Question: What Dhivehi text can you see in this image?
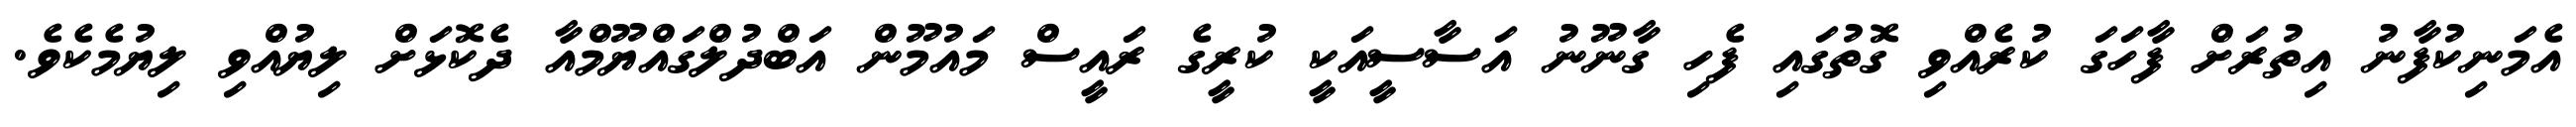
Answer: އެމަނިކުފާނު އިތުރަށް ފާހަގަ ކުރެއްވި ގޮތުގައި ފެހި ގާނޫނު އަސާސީއަކީ ކުރީގެ ރައީސް މައުމޫން އަބްދުލްގައްޔޫމްއާ ދެކޮޅަށް ލިޔުއްވި ލިޔުމެކެވެ.